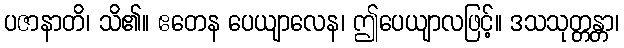
ပဇာနာတိ၊ သိ၏။ ဧတေန ပေယျာလေန၊ ဤပေယျာလဖြင့်။ ဒသသုတ္တန္တာ၊